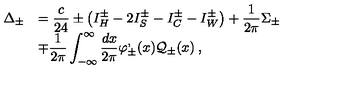
\begin{array} { r l } { \displaystyle \Delta _ { \pm } } & { = \displaystyle \frac { c } { 2 4 } \pm \left( I _ { H } ^ { \pm } - 2 I _ { S } ^ { \pm } - I _ { C } ^ { \pm } - I _ { W } ^ { \pm } \right) + \displaystyle \frac { 1 } { 2 \pi } \Sigma _ { \pm } } \\ { } & { \mp \displaystyle \frac { 1 } { 2 \pi } \displaystyle \int _ { - \infty } ^ { \infty } \displaystyle \frac { d x } { 2 \pi } \varphi _ { \pm } ^ { , } ( x ) { \cal Q } _ { \pm } ( x ) \: , } \\ \end{array}